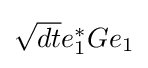
{\textstyle {\sqrt {dt}}e_{1}^{*}Ge_{1}}